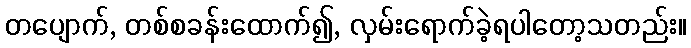
တပျောက်, တစ်စခန်းထောက်၍, လှမ်းရောက်ခဲ့ရပါတော့သတည်း။